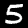
Label: 5